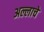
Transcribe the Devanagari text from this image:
अल्लाचे